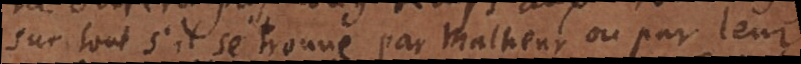
sur tout s’il se trouve par malheur ou par leur